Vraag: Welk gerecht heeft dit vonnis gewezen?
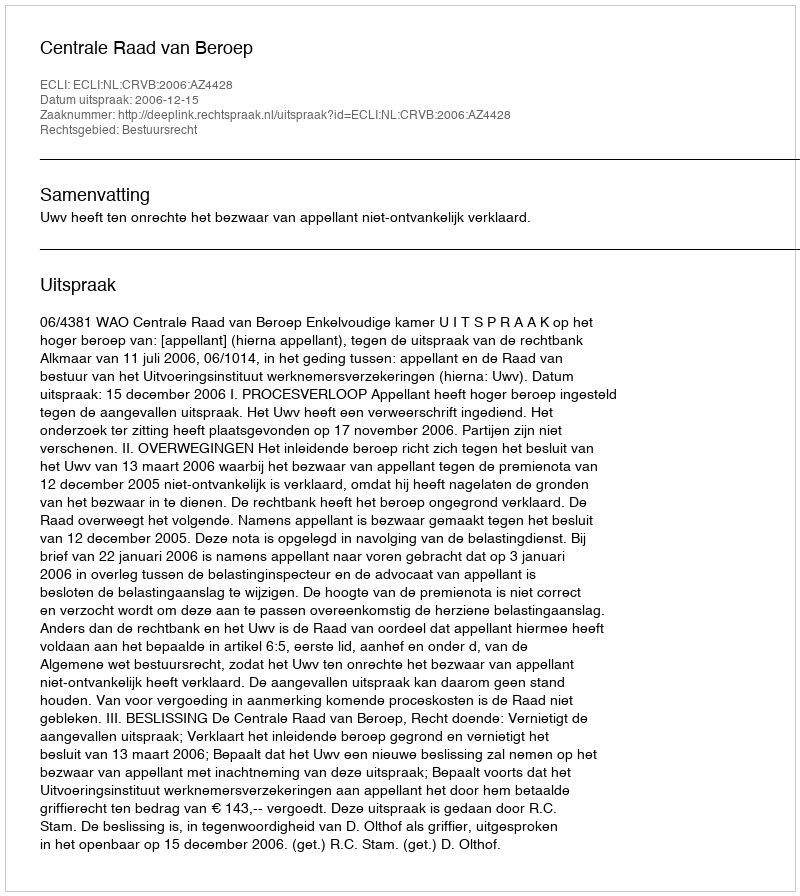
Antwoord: Centrale Raad van Beroep